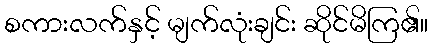
စကားလက်နှင့် မျက်လုံးချင်း ဆိုင်မိကြ၏။